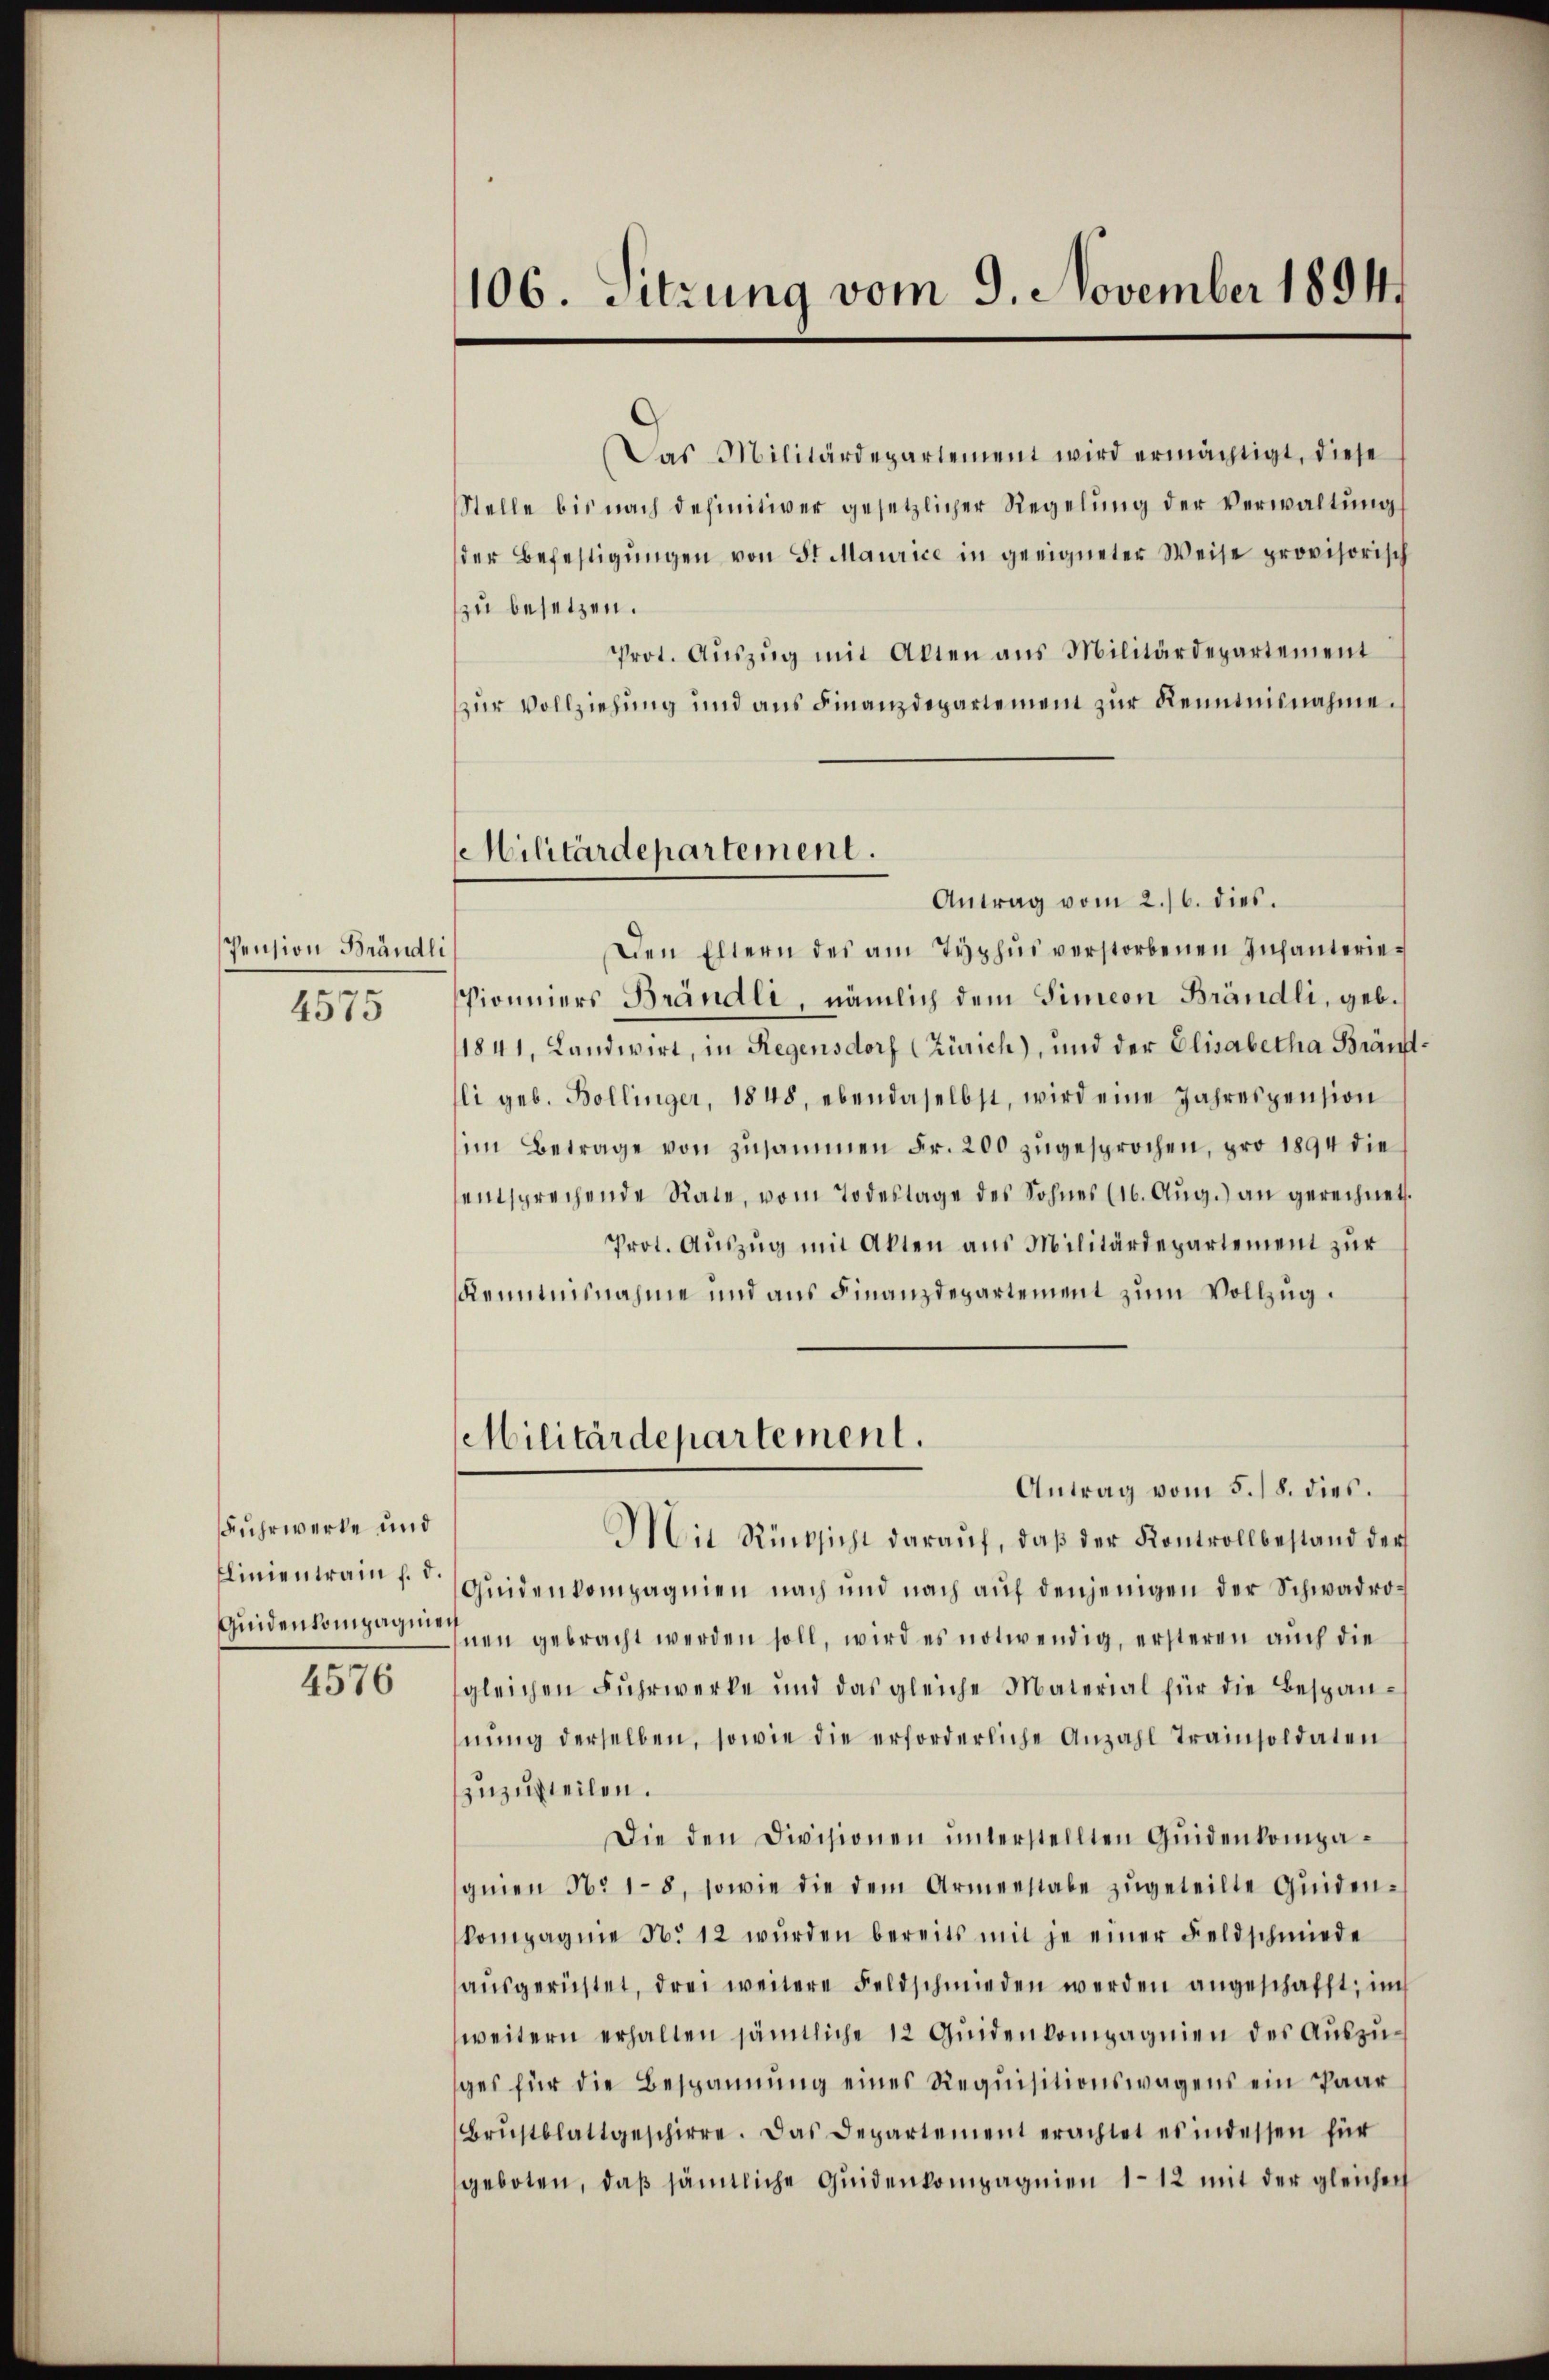
Pension Brändli
4575

Fuhrwerke und
Clinientrain f. d.
Quidenkompagnier

4576

106. Sitzung vom 9. November 1894.

Militärdepartement.

Das Militärdepartement wird ermächtigt, diese
Stelle bis nach definitiver gesetzlicher Regelŭng der Verwaltŭng
der Befestigŭngen von St. Maurice in geeigneter Weise provisorisch
zu besetzen.
Prot. Auszug mit Alten aus Militärdepartement
zur Vollziehung und aus Finanzdepartement zur Kenntnisnahme.
Antrag vom 2./6. dies
Den Eltern des am Typhus verstorbenen Infanterie¬
Pioniers Brändli, nämlich dem Simeon Brändli, geb.
1841, Landwirt, in Regensdorf (Zürich), und der Elisabetha Brän
li geb. Bollinger, 1848, ebendaselbst, wird eine Jahrespension
im Betrage von zusammen Fr. 200 zugesprochen, pro 1894 die
entsprechende Rate, vom Todestage des Sohnes (16. Aŭg.) an gerechnet.
Prot. Auszug mit Akten aus Militärdepartement zur
Kenntnisnahme und aus Finanzdepartement zum Vollzug.
Militärdepartement.
Antrag vom 5./8. dies.
Mit Rücksicht daraŭf, daβ der Kontrollbestand der
Quidenkompagnien nach und nach auf denjenigen der Schwadrohnen gebracht werden soll, wird es notwendig, ersteren auch die
gleichen Fuhrwerke und das gleiche Material für die Bespan-
nŭng derselben, sowie die erforderliche Anzahl Trainsoldaten
zuzusteilen.
Die den Divisionen ŭnterstellten Qŭidenkompa-
gnien No 18, sowie die dem Armenstabe zŭgeteilte Quiden-
kompagnie No 12 wŭrden bereits mit je einer Feldschmiede
aŭsgerüstet, drei weitere Feldschmieden werden angeschafft, im
weitern erhalten sämtliche 12 Quidenkompagnien des Auszuges für die Bespannung eines Requisitionswagens ein Paar
Brŭstblattgeschirre. Das Departement erachtet es indessen für
geboten, daß sämtliche Quidenkompagnien 112 mit der gleichen